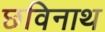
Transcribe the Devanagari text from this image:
छविनाथ